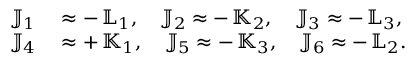
\begin{array} { r l } { { \mathbb J } _ { 1 } } & { { } \approx - \, { \mathbb L } _ { 1 } , \quad { \mathbb J } _ { 2 } \approx - \, { \mathbb K } _ { 2 } , \quad { \mathbb J } _ { 3 } \approx - \, { \mathbb L } _ { 3 } , } \\ { { \mathbb J } _ { 4 } } & { { } \approx + \, { \mathbb K } _ { 1 } , \quad { \mathbb J } _ { 5 } \approx - \, { \mathbb K } _ { 3 } , \quad { \mathbb J } _ { 6 } \approx - \, { \mathbb L } _ { 2 } . } \end{array}